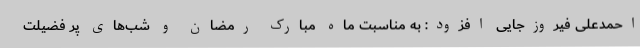
احمدعلی فیروزجایی افزود: به مناسبت ماه مبارک رمضان و شب‌های پر فضیلت